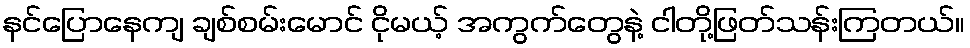
နင်ပြောနေကျ ချစ်စမ်းမောင် ငိုမယ့် အကွက်တွေနဲ့ ငါတို့ဖြတ်သန်းကြတယ်။